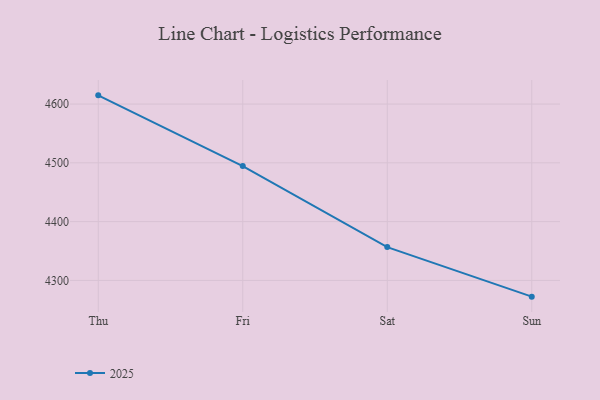
{"axis": {"x": "Day", "y": "Satisfaction Score"}, "legend": ["2025"], "data": [{"x": "Thu", "y": 4614.8, "type": "2025"}, {"x": "Fri", "y": 4494.5, "type": "2025"}, {"x": "Sat", "y": 4356.7, "type": "2025"}, {"x": "Sun", "y": 4272.4, "type": "2025"}]}